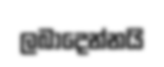
ලබාදෙන්නයි